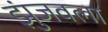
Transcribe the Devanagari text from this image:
झुंजवला